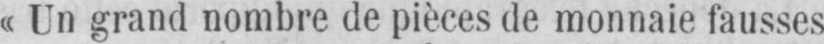
«Un grand nombre de pièces de monnaie fausses